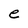
Character: e